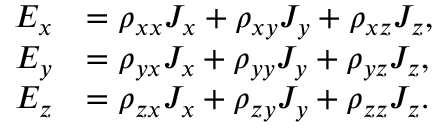
{ \begin{array} { r l } { E _ { x } } & { = \rho _ { x x } J _ { x } + \rho _ { x y } J _ { y } + \rho _ { x z } J _ { z } , } \\ { E _ { y } } & { = \rho _ { y x } J _ { x } + \rho _ { y y } J _ { y } + \rho _ { y z } J _ { z } , } \\ { E _ { z } } & { = \rho _ { z x } J _ { x } + \rho _ { z y } J _ { y } + \rho _ { z z } J _ { z } . } \end{array} }